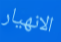
الانهيار